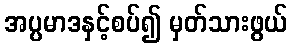
အပ္ပမာဒနှင့်စပ်၍ မှတ်သားဖွယ်